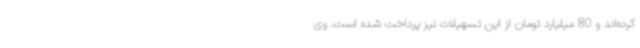
کرده‌اند و 80 میلیارد تومان از این تسهیلات نیز پرداخت شده است. وی